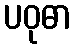
ပဝုဓာ